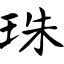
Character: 珠